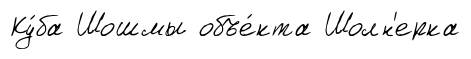
Ку́ба Шошмы объе́кта Шолн'ерка